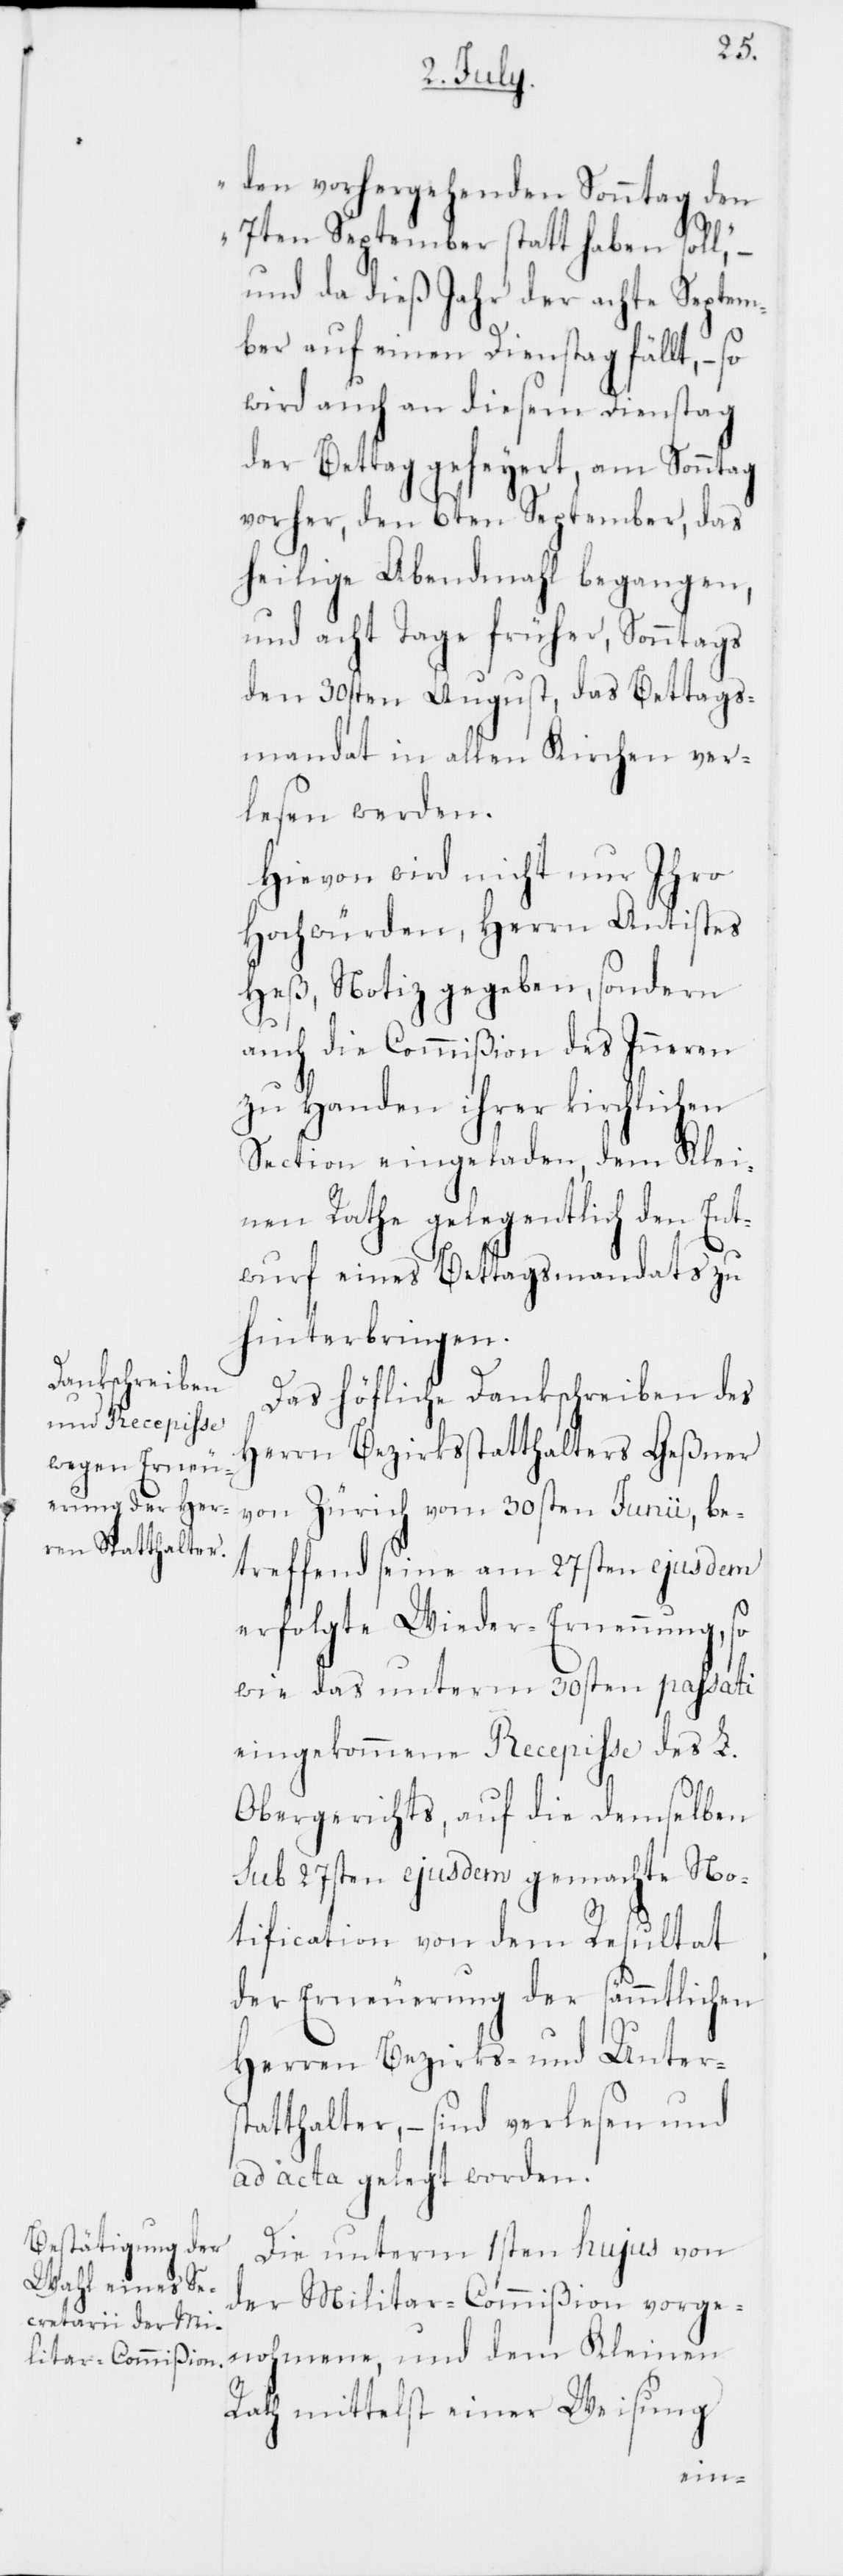
den vorhergehenden Sonntag den
7ten September statt haben soll,“ –
und da dieß Jahr der achte Septem¬
ber auf einen Dienstag fällt, – so
wird auch an diesem Dienstag
der Bettag gefeyert, am Sonntag
vorher, den 6ten September, das
heilige Abendmahl begangen,
und acht Tage früher, Sonntags
den 30sten August, das Bettags¬
mandat in allen Kirchen ver¬
lesen werden.
Hievon wird nicht nur Ihro
Hochwürden, Herrn Antistes
Heß, Notiz gegeben, sondern
auch die Commißion des Inneren
zu Handen ihrer kirchlichen
Section eingeladen, dem Klei¬
nen Rathe gelegentlich den Ent¬
wurf eines Bettagsmandats zu
hinterbringen.
Das höfliche Dankschreiben des
Herrn Bezirksstatthalters Geßner
von Zürich vom 30sten Junii, be¬
treffend seine am 27sten ejusdem
erfolgte Wieder-Ernennung, so
wie das unterm 30sten passati
eingekommene Recepisse des L.
Obergerichts, auf die demselben
sub 27sten ejusdem gemachte No¬
tification von dem Resultat
der Erneuerung der sämmtlichen
Herren Bezirks- und Unters¬
tatthalter, – sind verlesen und
ad acta gelegt worden.
Die unterm 1sten hujus von
der Militar-Commißion vorge¬
nohmene, und dem Kleinen
Rath mittelst einer Weisung